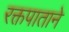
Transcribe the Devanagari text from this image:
रक्तपाताने